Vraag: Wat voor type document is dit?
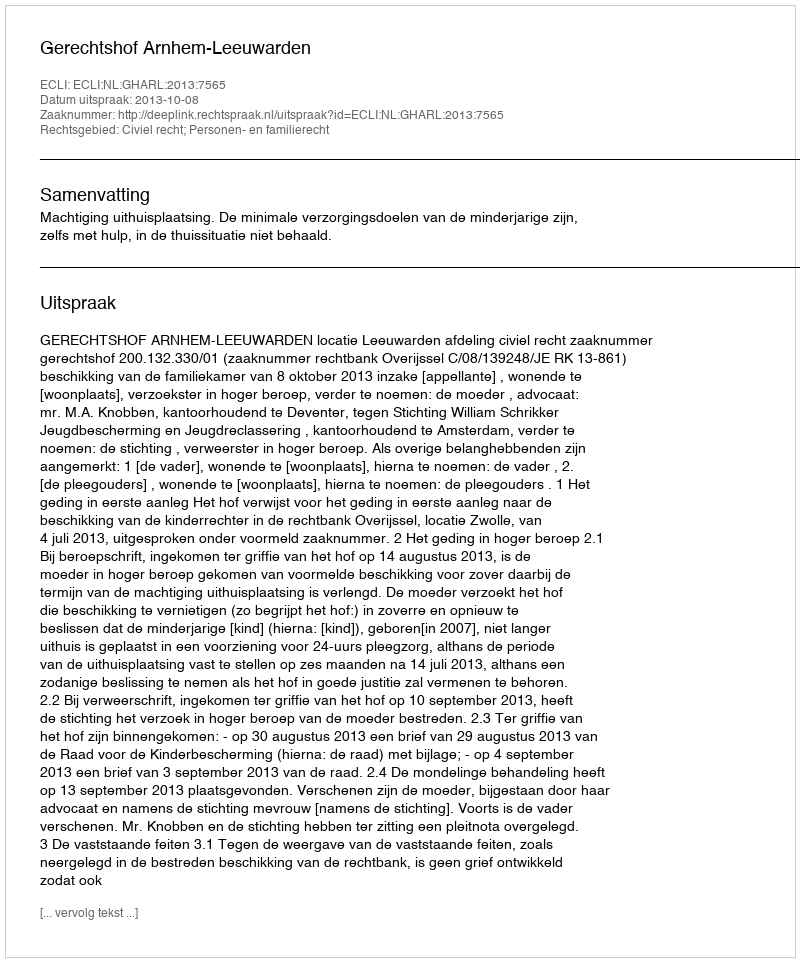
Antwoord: Uitspraak